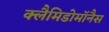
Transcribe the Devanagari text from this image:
क्लैमिडोमॉनैस